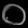
Digit: ၀